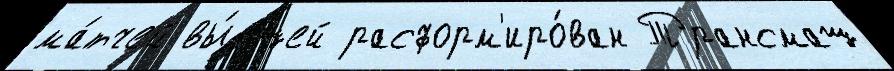
ма́тчей вы́сшей расформ'иро́ван Трансмаш